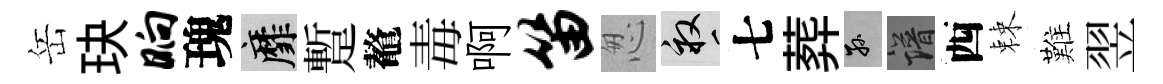
岳玦晌瑰靡蹔鼇毒啊笛怱畝七葬孫譜西棘難翌